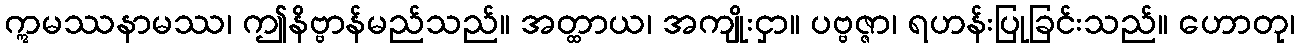
ဣမဿနာမဿ၊ ဤနိဗ္ဗာန်မည်သည်။ အတ္ထာယ၊ အကျိုးငှာ။ ပဗ္ဗဇ္ဇာ၊ ရဟန်းပြုခြင်းသည်။ ဟောတု၊